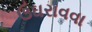
ઉઘરાવવા